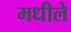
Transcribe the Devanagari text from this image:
मधीले